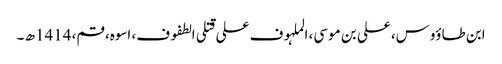
ابن طاؤوس، علی بن موسی، الملہوف علی قتلی الطفوف، اسوہ، قم، 1414ھ ۔